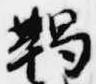
鞨